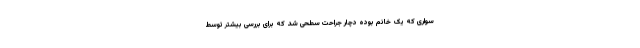
سواری که یک خانم بوده دچار جراحت سطحی شد که برای بررسی بیشتر توسط